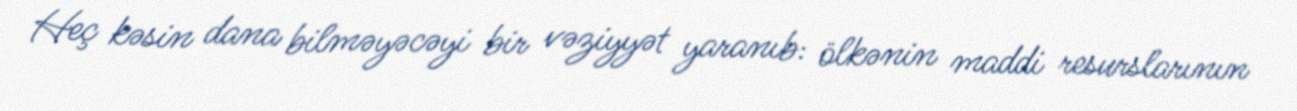
Heç kəsin dana bilməyəcəyi bir vəziyyət yaranıb: ölkənin maddi resurslarının